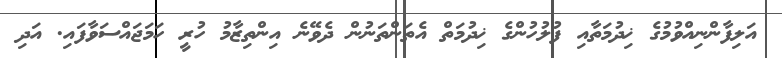
އަލިފާންނިއްވުމުގެ ޚިދުމަތާއި ފުލުހުންގެ ޚިދުމަތް އެތަންތަނުން ދެވޭނެ އިންތިޒާމު ހުރީ ހަމަޖައްސަވާފައި. އަދި